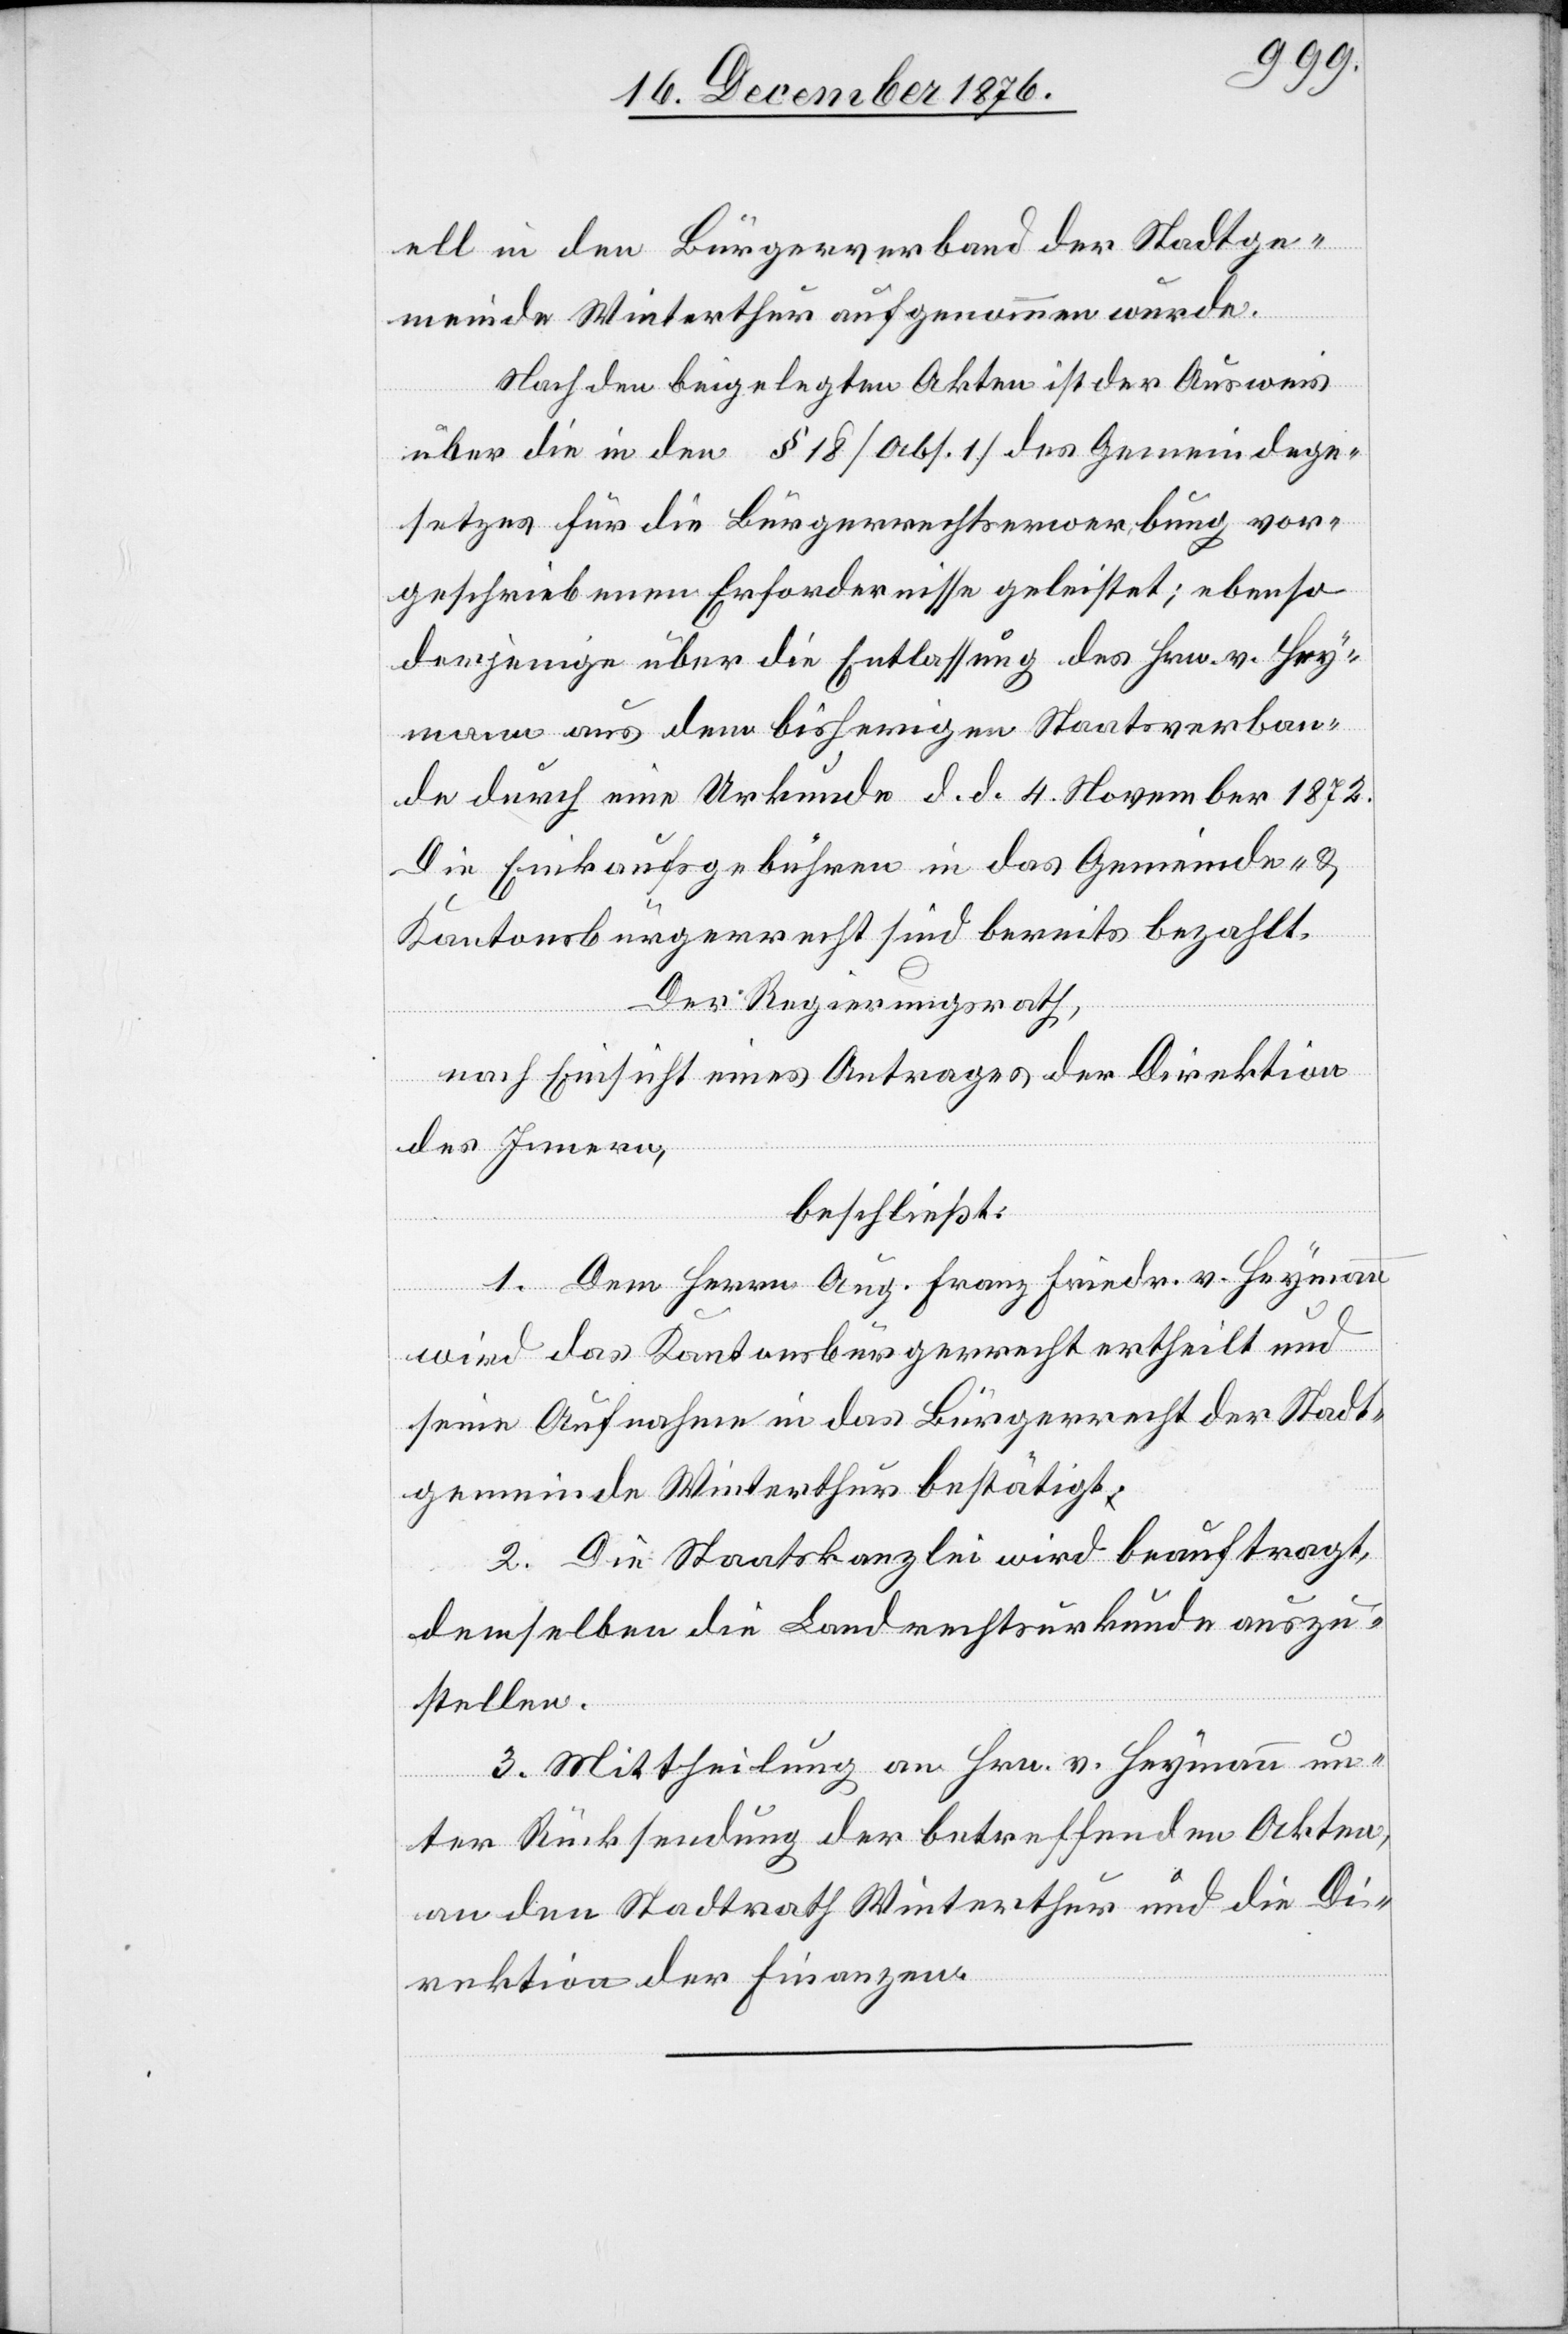
ell in den Bürgerverband der Stadtge¬
meinde Winterthur aufgenommen wurde.
Nach den beigelegten Akten ist der Ausweis
über die in den § 18 [Abs. 1] des Gemeindege¬
setzes für die Bürgerrechtserwerbung vor¬
geschriebenen Erfordernisse geleistet; ebenso
derjenige über die Entlassung des Hrn. v. Hey¬
mann aus dem bisherigen Staatsverban¬
de durch eine Urkunde d. d. 4. November 1872.
Die Einkaufsgebühren in das Gemeinde- &
Kantonsbürgerrecht sind bereits bezahlt.
Der Regierungsrath,
nach Einsicht eines Antrages der Direktion
des Innern,
beschließt:
1. Dem Herrn Aug. Franz Friedr. v. Heymann
wird das Kantonsbürgerrecht ertheilt und
seine Aufnahme in das Bürgerrecht der Stadt¬
gemeinde Winterthur bestätigt.
2. Die Staatskanzlei wird beauftragt,
demselben die Landrechtsurkunde auszu¬
stellen.
3. Mittheilung an Hrn. v. Heymann un¬
ter Rücksendung der betreffenden Akten,
an den Stadtrath Winterthur und die Di¬
rektion der Finanzen.